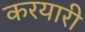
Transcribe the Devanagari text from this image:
करयारी